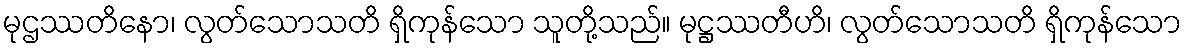
မုဌဿတိနော၊ လွတ်သောသတိ ရှိကုန်သော သူတို့သည်။ မုဋ္ဌဿတီဟိ၊ လွတ်သောသတိ ရှိကုန်သော